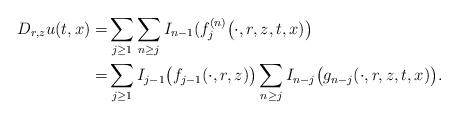
LaTeX: \begin{align*}D_{r,z}u(t,x) = & \sum_{j\geq 1} \sum_{n\geq j} I_{n-1}(f_j^{(n)}\big(\cdot,r,z,t,x)\big) \\ = & \sum_{j\geq 1} I_{j-1} \big(f_{j-1}(\cdot,r,z)\big) \sum_{n\geq j} I_{n-j} \big(g_{n-j} (\cdot,r,z,t,x)\big).\end{align*}